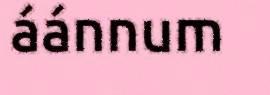
áánnum